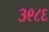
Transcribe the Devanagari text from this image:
३९८६